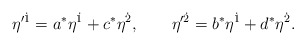
\begin{align*}\eta'^{\dot 1}=a^{\ast} \eta^{\dot 1}+c^{\ast} \eta^{\dot 2},\qquad \eta'^{\dot 2}=b^{\ast} \eta^{\dot 1}+d^{\ast} \eta^{\dot 2}.\end{align*}